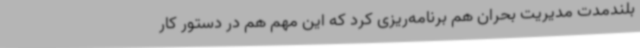
بلندمدت مدیریت بحران هم برنامه‌ریزی کرد که این مهم هم در دستور کار